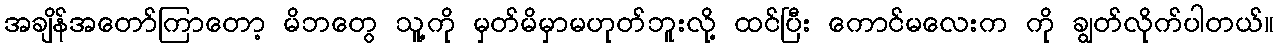
အချိန်အတော်ကြာတော့ မိဘတွေ သူ့ကို မှတ်မိမှာမဟုတ်ဘူးလို့ ထင်ပြီး ကောင်မလေးက ကို ချွတ်လိုက်ပါတယ်။